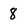
Character: 8